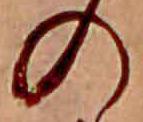
の